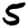
Digit: 5